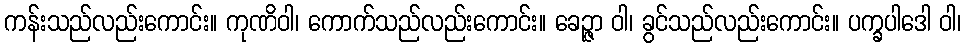
ကန်းသည်လည်းကောင်း။ ကုဏိဝါ၊ ကောက်သည်လည်းကောင်း။ ခေဉ္ဇာ ဝါ၊ ခွင်သည်လည်းကောင်း။ ပက္ခပါဒေါ ဝါ၊